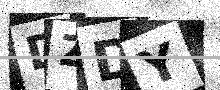
Text: DZDY